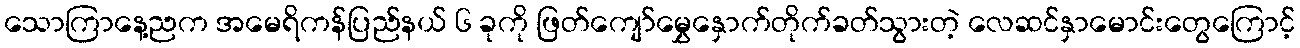
သောကြာနေ့ညက အမေရိကန်ပြည်နယ် ၆ ခုကို ဖြတ်ကျော်မွှေနှောက်တိုက်ခတ်သွားတဲ့ လေဆင်နှာမောင်းတွေကြောင့်